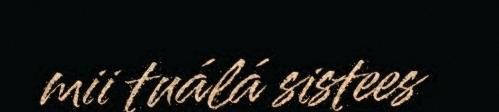
mii tuálá sistees